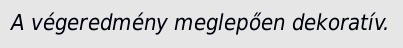
A végeredmény meglepően dekoratív.